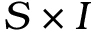
S \times I